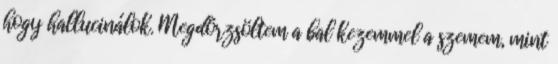
hogy hallucinálok. Megdörzsöltem a bal kezemmel a szemem, mint